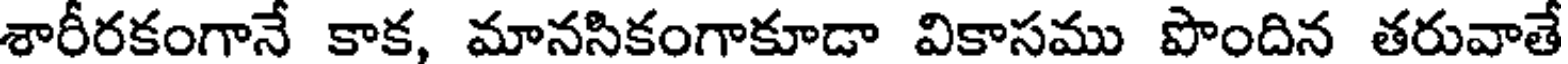
శారీరకంగానే కాక, మానసికంగాకూడా వికాసము పొందిన తరువాతే